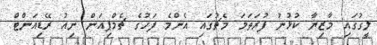
ލީގުގައި މާޒިޔާ ކުޅުނު ފުރަތަމަ މެޗުގައި އެންމެ ފަހުގެ ޗެމްޕިއަން ނިއު ރޭޑިއަންޓް